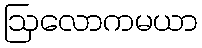
ဩလောကမယာ